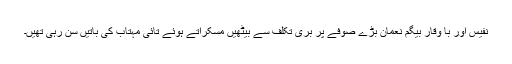
نفیس اور با وقار بیگم نعمان بڑے صوفے پر بری تکلف سے بیٹھیں مسکراتے ہوئے تائی مہتاب کی باتیں سن رہی تھیں۔